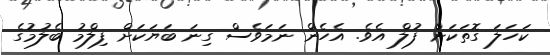
ކަހަލަ ގޮތަކަށް ފުލް އެވެ. އެހެން ނަމަވެސް ގިނަ ބަޔަކަށް ފިލްމު ބެލުމުގެ